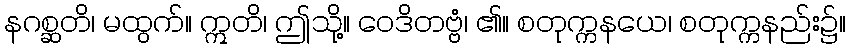
နဂစ္ဆတိ၊ မထွက်။ ဣတိ၊ ဤသို့။ ဝေဒိတဗ္ဗံ၊ ၏။ စတုက္ကနယေ၊ စတုက္ကနည်း၌။